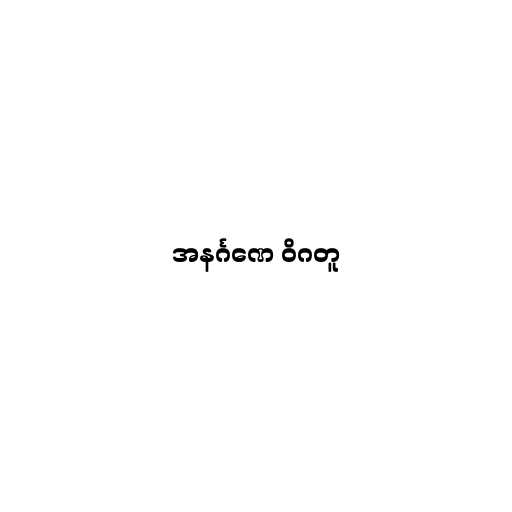
အနင်္ဂဏေ ဝိဂတူ